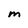
Character: m